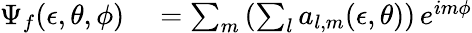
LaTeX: \begin{array}{rl}{\Psi_{f}(\epsilon,\theta,\phi)}&{{}=\sum_{m}\left(\sum_{l}a_{l,m}(\epsilon,\theta)\right)\, e^{im\phi}}\end{array}